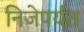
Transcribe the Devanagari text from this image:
निजेपर्यंत